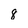
Character: 8